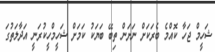
ޝަހީމް ޖަހާ ކޮއްމެ ބެރަކަށް ނަށަން ތިބޭ ބަޔަކު ކަމަށް ޝަހީމްހީކުރަނީ އަދާލަތުގަ